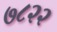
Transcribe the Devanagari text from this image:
७८२२